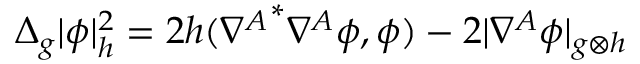
\Delta _ { g } | \phi | _ { h } ^ { 2 } = 2 h ( { \nabla ^ { A } } ^ { * } \nabla ^ { A } \phi , \phi ) - 2 | \nabla ^ { A } \phi | _ { g \otimes h }